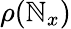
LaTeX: {\rho({\mathbb{N}_{x}})}